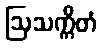
ဩသက္ကိတံ